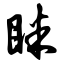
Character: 眯